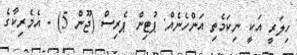
ހިލަރީ އަކީ ނިކަމެތި އަންހެނެއް: ޕުޓިން ޕެރިސް (ޖޫން 5) - އެމެރިކާގެ